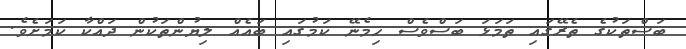
ބަސްތަކުގެ ތެރޭގައި ތަމަޅަ ބަސްވެސް ހިމެނޭ ކަމުގައި ބައެއް ލިޔުންތަކުން ދައްކާ ކަމަށެވެ.